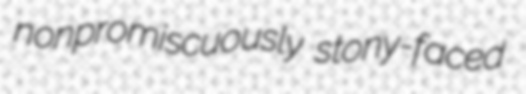
nonpromiscuously stony-faced